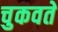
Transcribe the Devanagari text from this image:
चुकवते